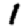
Digit: 1